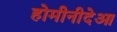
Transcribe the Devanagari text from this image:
होमीनीदेआ